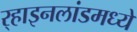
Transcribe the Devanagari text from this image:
र्‍हाइनलांडमध्ये